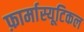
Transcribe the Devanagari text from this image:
फ़ार्मास्यूटिकल